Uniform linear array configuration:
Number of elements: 16
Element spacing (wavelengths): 0.75
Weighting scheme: cosine
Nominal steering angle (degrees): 15
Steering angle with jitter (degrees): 13.782
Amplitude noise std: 0.05
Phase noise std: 0.05

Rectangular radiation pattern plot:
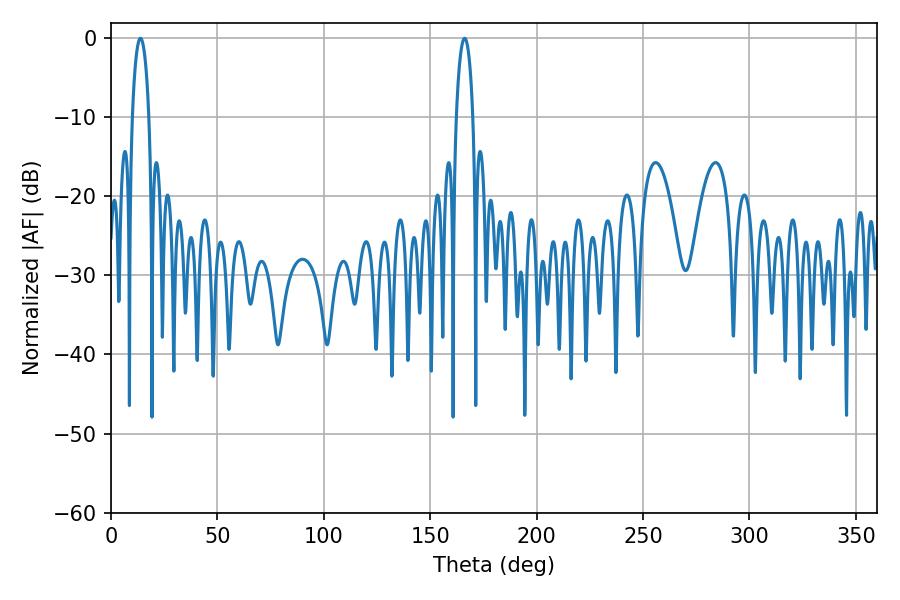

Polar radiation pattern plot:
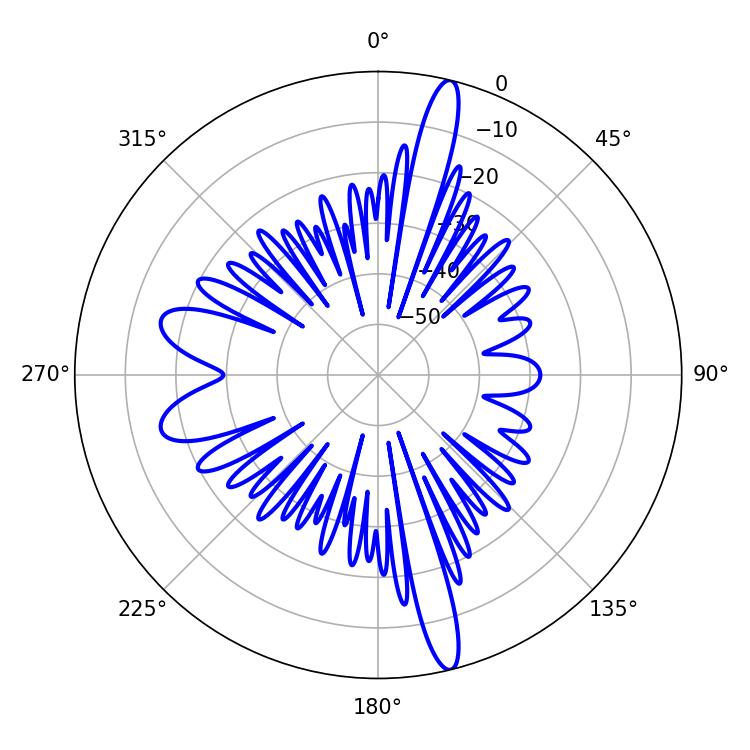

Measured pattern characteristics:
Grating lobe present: TRUE
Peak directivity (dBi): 18.153
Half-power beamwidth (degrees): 4.32
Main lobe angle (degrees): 13.86